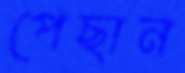
পেছান